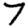
Digit: 7